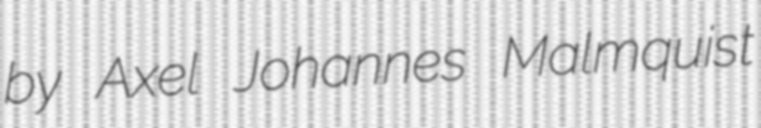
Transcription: by Axel Johannes Malmquist